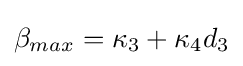
\beta _{max}=\kappa _{3}+\kappa _{4}d_{3}